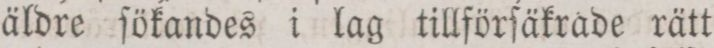
äldre ſökandes i lag tillförſäkrade rätt